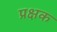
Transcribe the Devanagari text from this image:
प्रक्षक